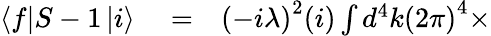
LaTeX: \begin{array}{rlr}{\left\langle f\right\vert S-1\left\vert i\right\rangle}&{{}=}&{\left(-i\lambda\right)^{2}(i)\int d^{4}k\left(2\pi\right)^{4}\times}\end{array}